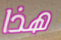
هذا